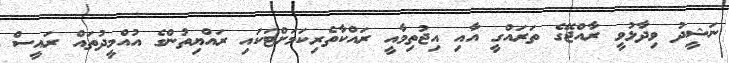
ނަޝީދު ވިދާޅުވީ ރާއްޖޭގެ ތަރައްގީ އާއި އިޖުތިމާއީ ރައްކާތެރިކަމަށްޓަކައި ރައްޔިތުންގެ އުއްމީދުތައް ރައީސް